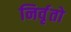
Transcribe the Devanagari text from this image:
निर्वृतो